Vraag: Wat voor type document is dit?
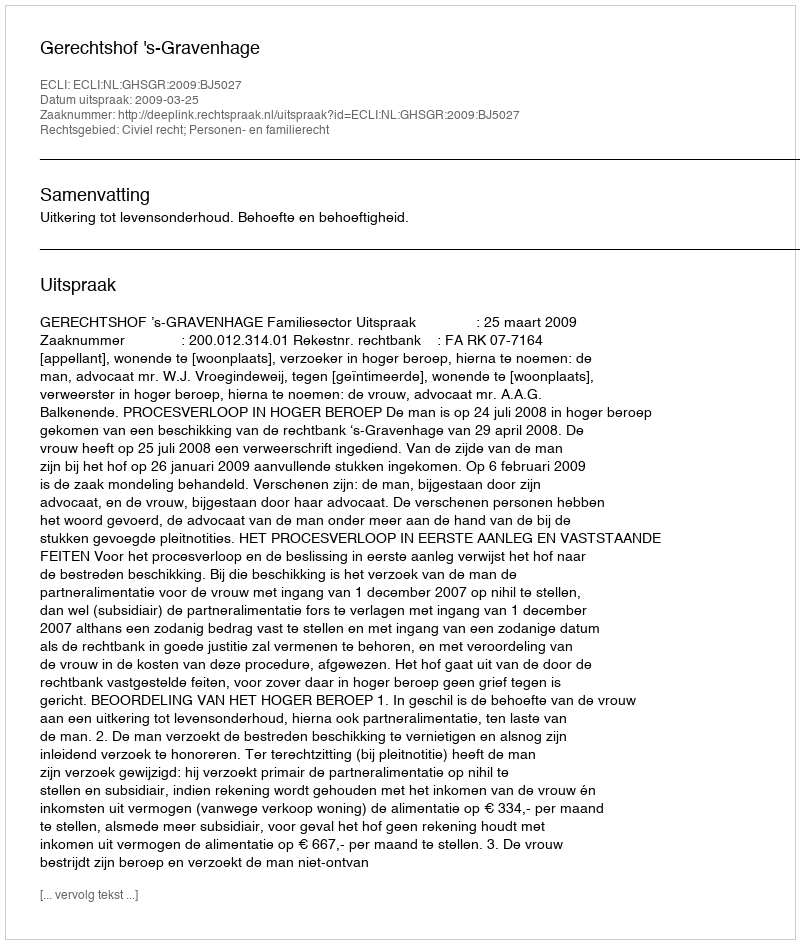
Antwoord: Uitspraak